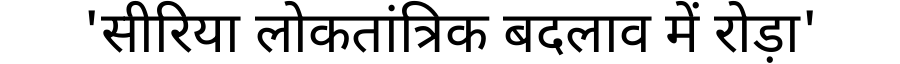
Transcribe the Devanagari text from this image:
'सीरिया लोकतांत्रिक बदलाव में रोड़ा'